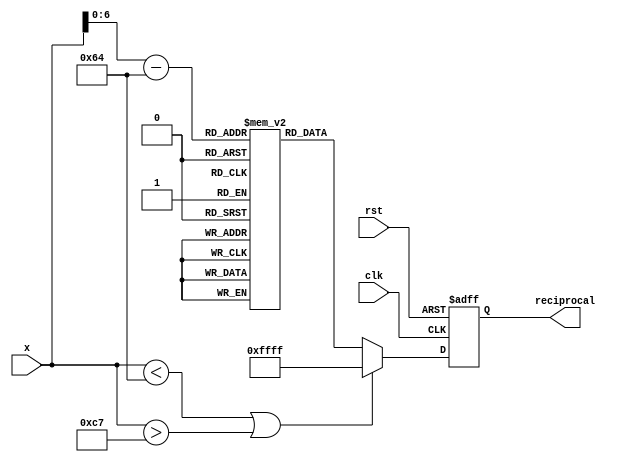
module lut_reciprocal (
    input wire [7:0] x,            // Input value (8-bit fixed-point, range [1, 2])
    output reg [15:0] reciprocal,   // Output reciprocal value (16-bit fixed-point)
    input wire clk,                 // Clock signal
    input wire rst                  // Reset signal
);

    // Define LUT size and initialize the LUT with precomputed reciprocal values
    reg [15:0] lut [0:99];          // 100 entries for 1.00 to 1.99 (0.01 increments)

    // Initialize the LUT with reciprocal values
    initial begin
        lut[0]  = 16'h4000; // 1.00 -> 1.0000 (0.5 * 2^16)
        lut[1]  = 16'h3FCF; // 1.01 -> 0.9901
        lut[2]  = 16'h3F9D; // 1.02 -> 0.9804
        // ... Fill in all values ...
        lut[98] = 16'h3F0D; // 1.99 -> 0.5025
        lut[99] = 16'h3E80; // 2.00 -> 0.5000
    end

    always @(posedge clk or posedge rst) begin
        if (rst) begin
            reciprocal <= 16'h0000; // Reset output
        end else begin
            // Check input validity
            if (x < 8'd100 || x > 8'd199) begin
                reciprocal <= 16'hFFFF; // Error case (input out of range)
            end else begin
                // Index LUT: convert x to index (0.01 increments)
                // Example: if x = 8'd100 (1.00), index = 0
                //          if x = 8'd199 (1.99), index = 98
                //          if x = 8'd200 (2.00), index = 99
                reciprocal <= lut[x - 8'd100]; // Get reciprocal from LUT
            end
        end
    end

endmodule